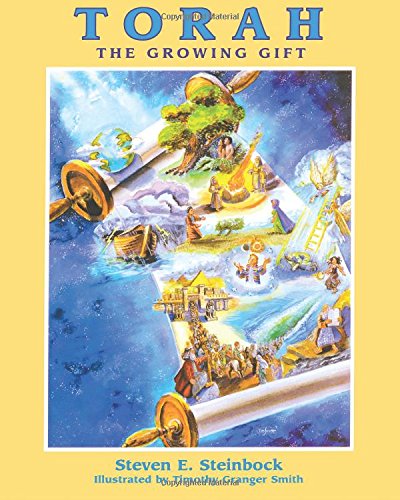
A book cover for Torah: The Growing Gift; Steve E. Steinbock; Children's Books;